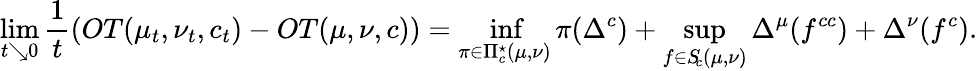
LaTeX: \operatorname*{lim}_{t\searrow 0}\frac{1}{t}\left(OT(\mu_{t},\nu_{t},c_{t})-OT(\mu,\nu,c)\right)=\operatorname*{inf}_{\pi\in\Pi_{c}^{\star}(\mu,\nu)}\pi(\Delta^{c})+\operatorname*{sup}_{f\in S\! _{c}(\mu,\nu)}\Delta^{\mu}(f^{cc})+\Delta^{\nu}(f^{c}).